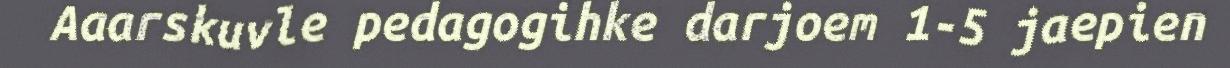
Aaarskuvle pedagogihke darjoem 1-5 jaepien